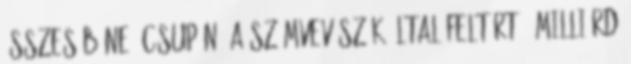
összes bűne „csupán” a Számvevőszék által feltárt 1 milliárd